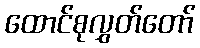
ထောင်စုလွှတ်တော်